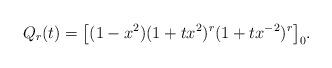
LaTeX: \begin{align*} Q_r(t)=\bigl[(1-x^2)(1+tx^{2})^{r}(1+tx^{-2})^{r}\bigr]_0.\end{align*}